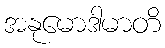
အနုမောဒါမာတိ